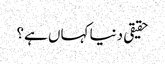
حقیقی دنیا کہاں ہے؟